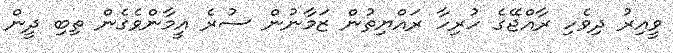
ވީއިރު ދިވެހި ރާއްޖޭގެ ހުރިހާ ރައްޔިތުން ޒަމާނުން ސުރެ އީމާންވެގެން ތިބި ދީން